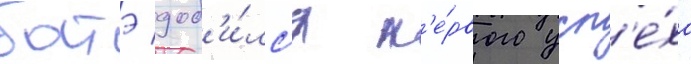
батэ доб'и́лс'я п'е́рвого усп'е́ха